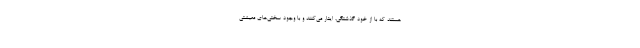
هستند که با از خود گذشتگی، ایثار می‌کنند و با وجود سختی‌های معیشتی